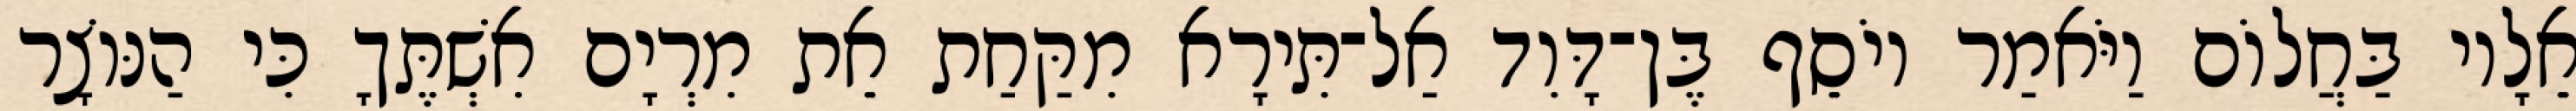
אֵלָיו בַּחֲלוֹם וַיֹּאמַר יוֹסֵף בֶּן־דָּוִד אַל־תִּירָא מִקַּחַת אֵת מִרְיָם אִשְׁתֶּךָ כִּי הַנּוֹצָר